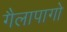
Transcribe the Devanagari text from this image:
गैलापागो